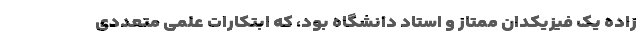
زاده یک فیزیکدان ممتاز و استاد دانشگاه بود، که ابتکارات علمی متعددی